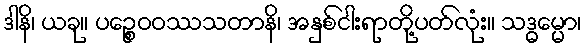
ဒါနိ၊ ယခု။ ပဉ္စေဝဝဿသတာနိ၊ အနှစ်ငါးရာတို့ပတ်လုံး။ သဒ္ဓမ္မော၊